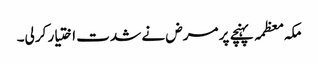
مکہ معظمہ پہنچے پر مرض نے شدت اختیار کرلی۔